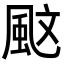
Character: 𩖰